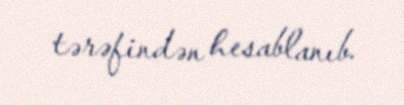
tərəfindən hesablanıb.